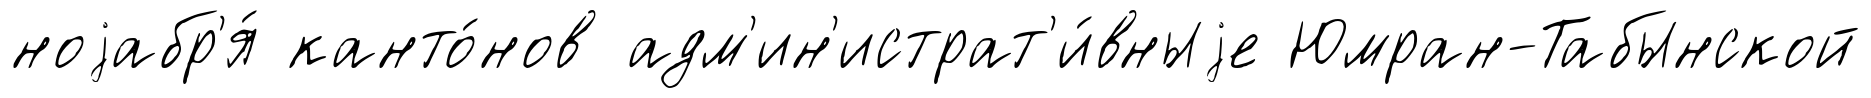
ноjабр'я́ канто́нов адм'ин'истрат'и́вныjе Юмран-Табынской